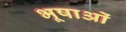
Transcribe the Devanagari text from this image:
भूषाओं